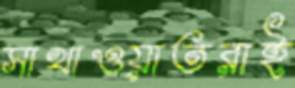
সাখাওয়াতরাই